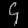
Digit: ၄